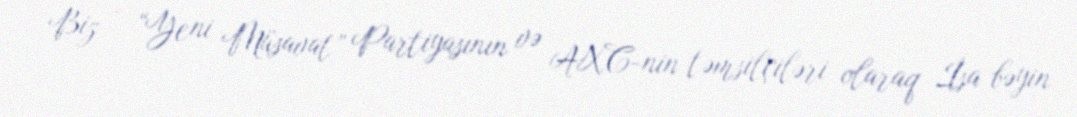
Biz - “Yeni Müsavat” Partiyasının və AXC-nin təmsilçiləri olaraq İsa bəyin